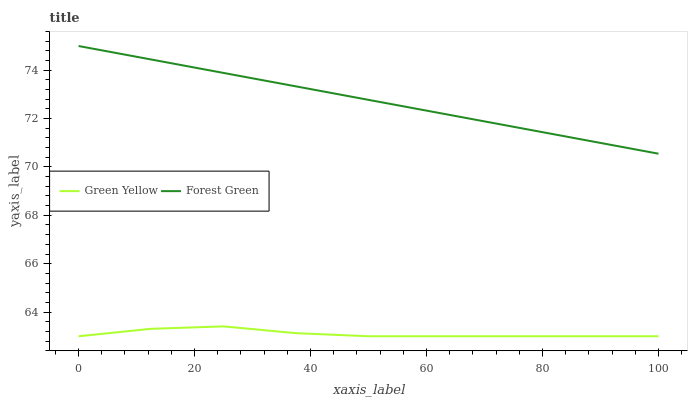
| xaxis_label | Green Yellow | Forest Green |
 | --- | --- | --- |
 | 0 | 63 | 75 |
 | 12.5 | 63.3 | 74.4 |
 | 25 | 63.4 | 73.9 |
 | 37.5 | 63.1 | 73.3 |
 | 50 | 63 | 72.8 |
 | 62.5 | 63 | 72.2 |
 | 75 | 63 | 71.7 |
 | 87.5 | 63 | 71.1 |
 | 100 | 63 | 70.5 |